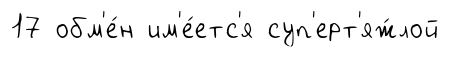
17 обм'е́н им'е́етс'я суп'ерт'яж́лой